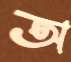
অ